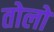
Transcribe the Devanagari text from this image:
तोलों